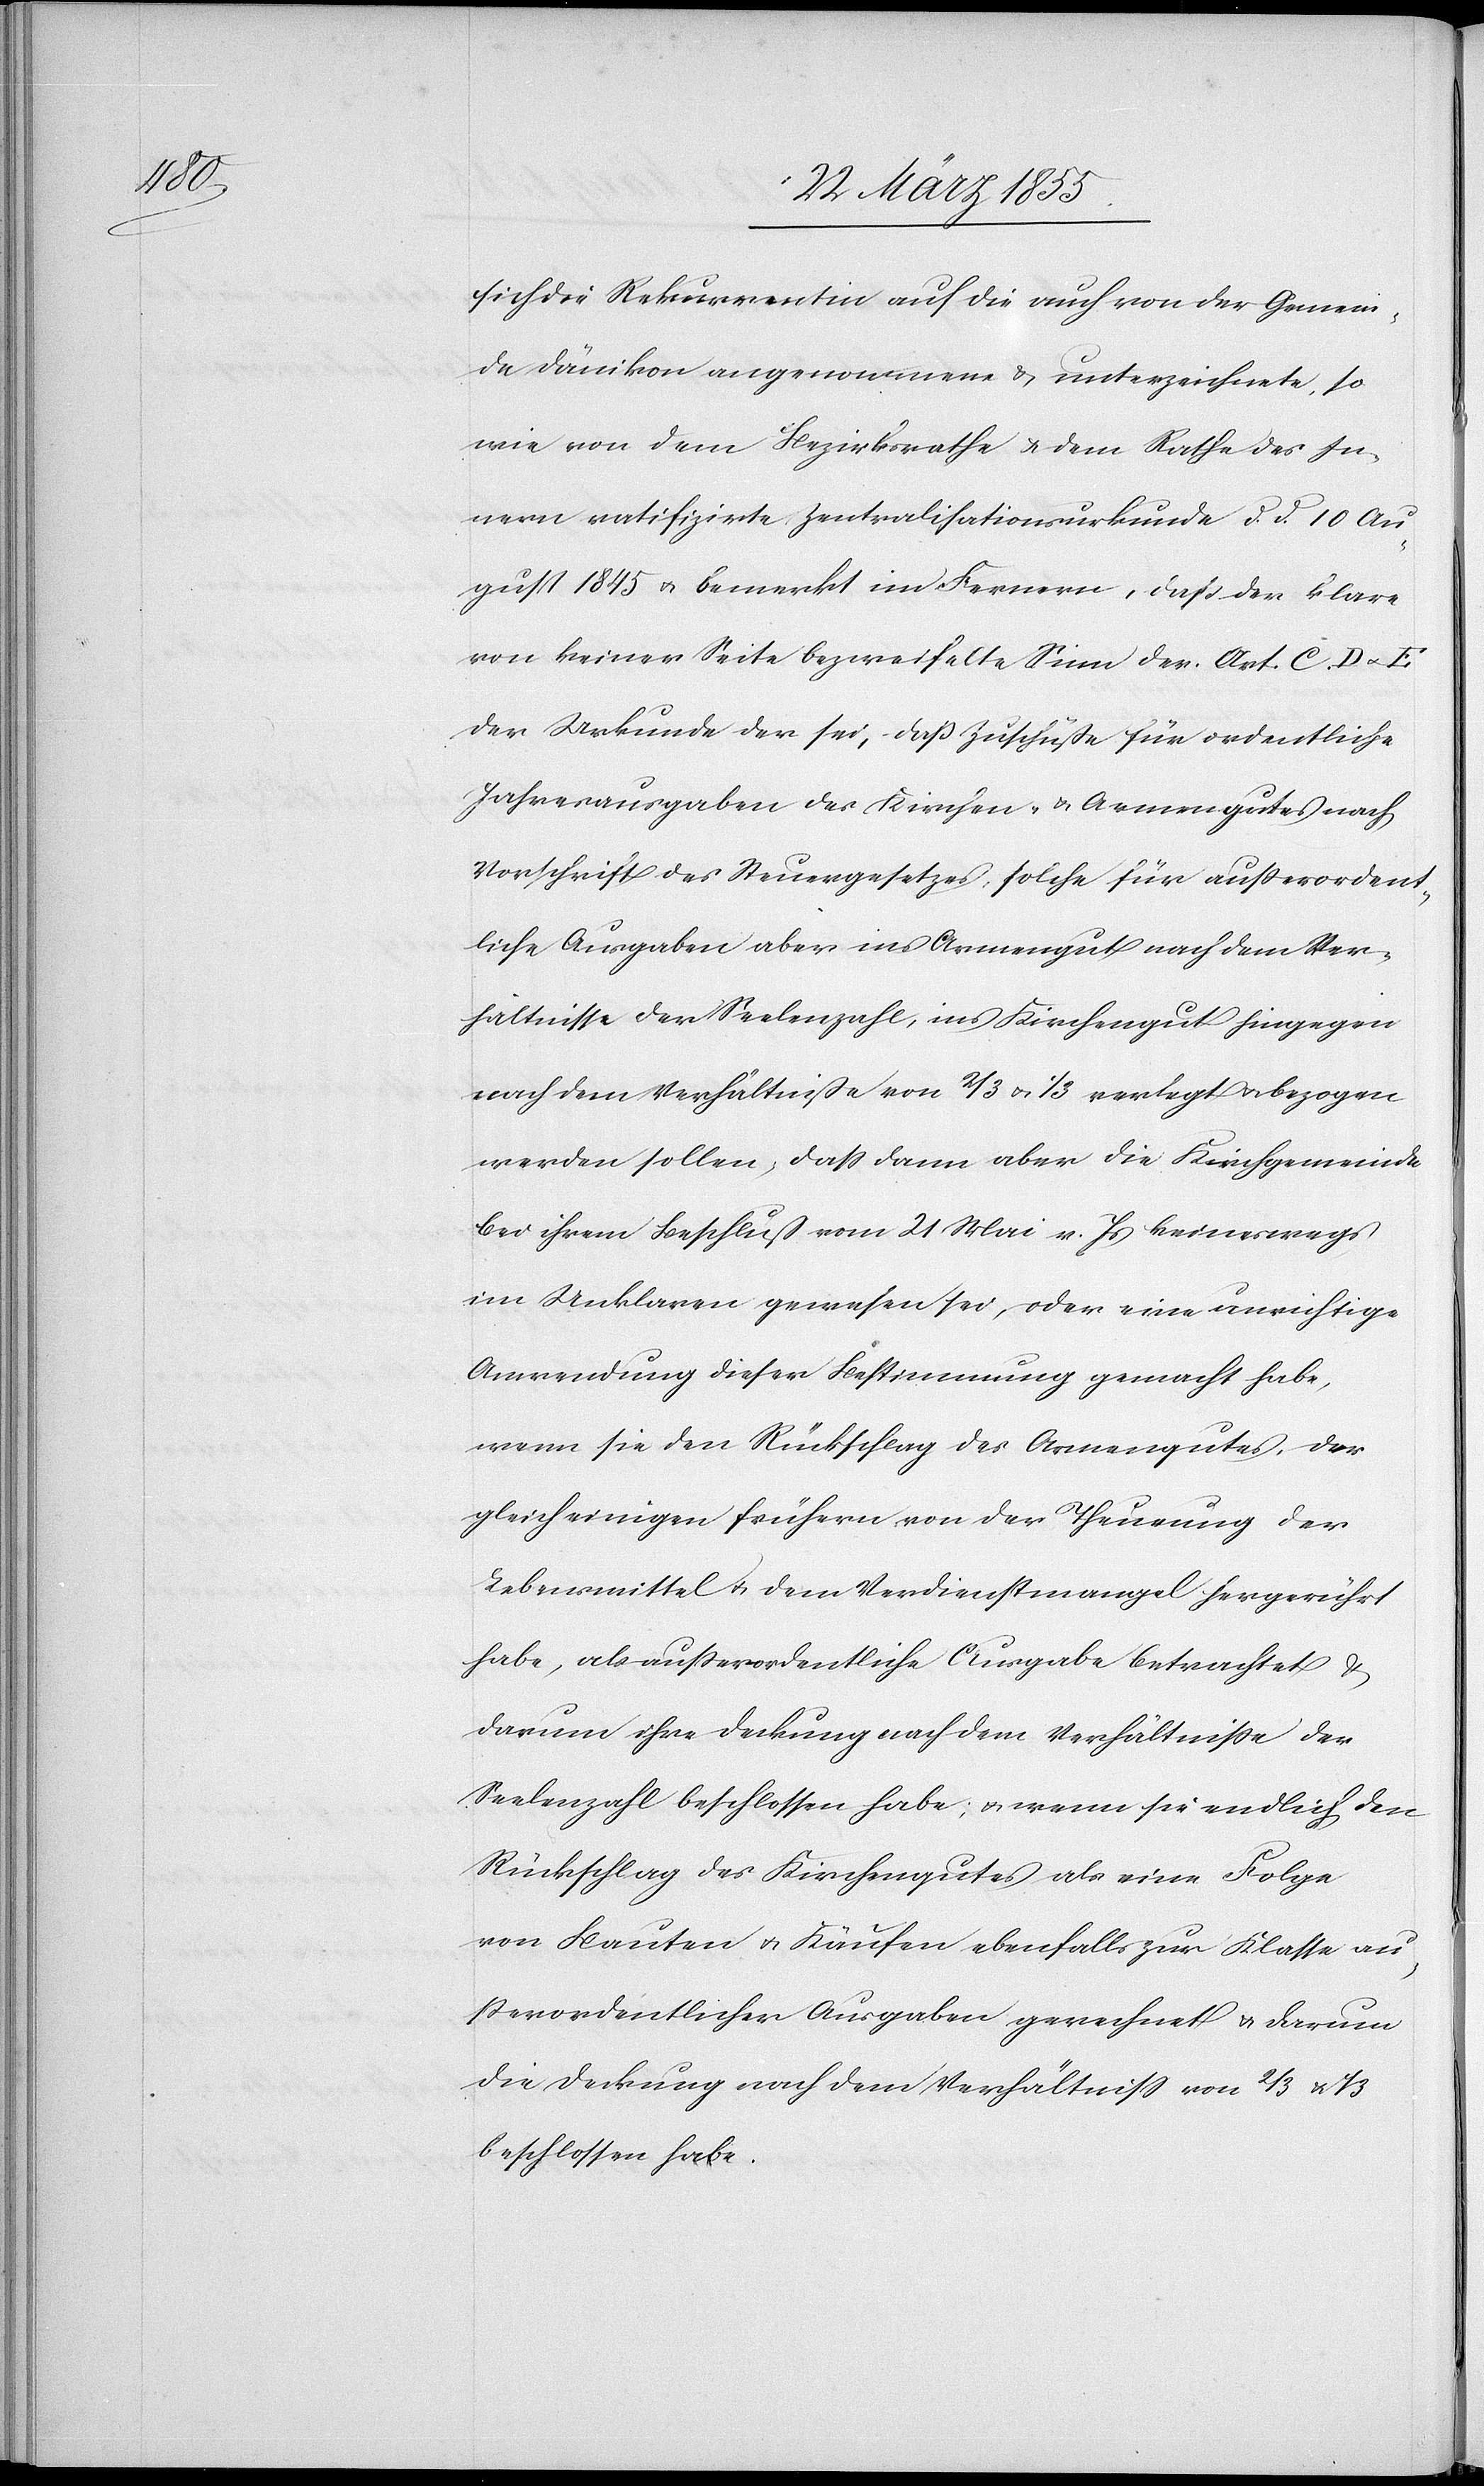
sich die Rekurrentin auf die auch von der Gemein¬
de Dänikon angenommene & unterzeichnete, so
wie von dem Bezirksrathe & dem Rathe des In¬
nern ratifizirte Zentralisationsurkunde d. d. 10 Au¬
gust 1845 & bemerkt im Fernern, daß der klare
von keiner Seite bezweifelte Sinn der Art. C, D & E
der Urkunde der sei, daß Zuschüße für ordentliche
Jahresausgaben des Kirchen- & Armengutes nach
Vorschrift des Steuergesetzes, solche für ausserordent¬
liche Ausgaben aber ins Armengut nach dem Ver¬
hältnisse der Seelenzahl, ins Kirchengut hingegen
nach dem Verhältniße von 2/3 & 1/3 verlegt & bezogen
werden sollen, dass dann aber die Kirchgemeinde
bei ihrem Beschluß vom 21 Mai v. Js keineswegs
im Unklaren gewesen sei, oder eine unrichtige
Anwendung dieser Bestimmung gemacht habe,
wenn sie den Rückschlag des Armengutes, der
gleich einigen frühern von der Theurung der
Lebensmittel & dem Verdienstmangel hergerührt
habe, als ausserordentliche Ausgabe betrachtet &
darum ihre Deckung nach dem Verhältnisse der
Seelenzahl beschlossen habe; & wenn sie endlich den
Rückschlag des Kirchengutes als eine Folge
von Bauten & Käufen ebenfalls zur Klasse aus¬
serordentlicher Ausgaben gerechnet & darum
die Deckung nach dem Verhältniss von 2/3 & 1/3
beschlossen habe.